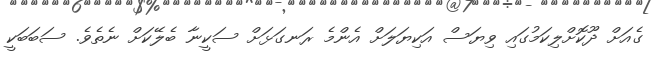
ގެއަށް ދޫކޮށްލިކަމުގައި ވިޔަސް އަކިޔަލަށް އެންމެ ރަނގަޅަށް ސަކީނާ ބެލޭކަށް ނެތެވެ. ސަބަބަކީ